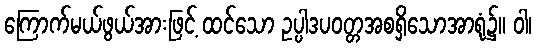
ကြောက်မယ်ဖွယ်အားဖြင့် ထင်သော ဥပ္ပါဒပဝတ္တအစရှိသောအာရုံ၌။ ဝါ၊